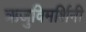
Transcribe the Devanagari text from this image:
ऋजुविमर्शिनी